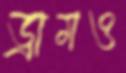
ড্রামও